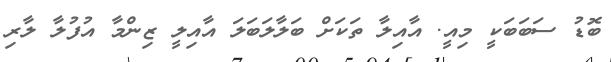
ބޮޑު ސަބަބަކީ މިއީ. އާއިލާ ތަކަށް ބަލާލަބަލަ އާއިލީ ޒިންމާ އުފުލާ ލާރި